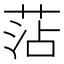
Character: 𮏝